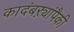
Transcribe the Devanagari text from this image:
कादंबऱ्यांपैकी